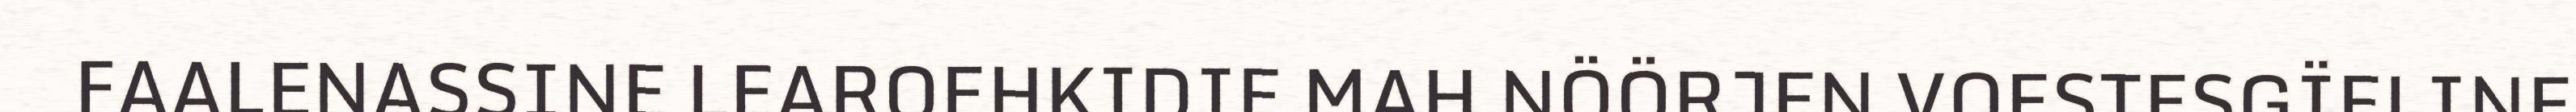
FAALENASSINE LEAROEHKIDIE MAH NÖÖRJEN VOESTESGÏELINE